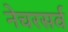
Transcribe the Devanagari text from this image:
नेचरसर्व